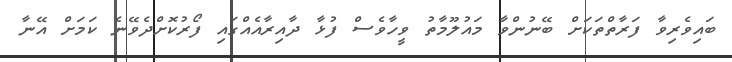
ބައިވެރިވާ ފަރާތްތަކަށް ބޭނުންވާ މައުލޫމާތު ވީހާވެސް ފުޅާ ދާއިރާއެއްގައި ފޯރުކޮށްދެވޭނެ ކަމަށް އޭނާ